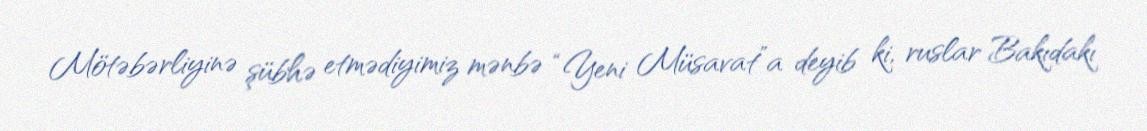
Mötəbərliyinə şübhə etmədiyimiz mənbə “Yeni Müsavat”a deyib ki, ruslar Bakıdakı